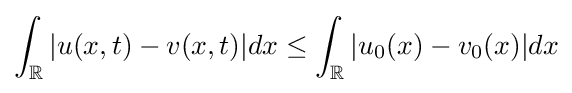
\int _{\mathbb {R} }|u(x,t)-v(x,t)|dx\leq \int _{\mathbb {R} }|u_{0}(x)-v_{0}(x)|dx